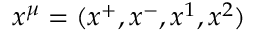
x ^ { \mu } = ( x ^ { + } , x ^ { - } , x ^ { 1 } , x ^ { 2 } )